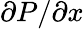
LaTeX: \partial P/\partial x